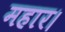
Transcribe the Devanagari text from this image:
महार।